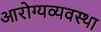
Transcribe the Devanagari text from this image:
आरोग्यव्यवस्था